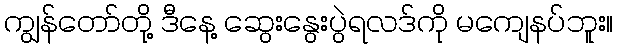
ကျွန်တော်တို့ ဒီနေ့ ဆွေးနွေးပွဲရလဒ်ကို မကျေနပ်ဘူး။